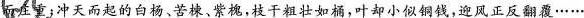
而庄重；冲天而起的白杨、苦楝、紫槐，枝干粗壮如桶，叶却小似铜钱，迎风正反翻覆……